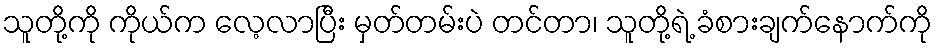
သူတို့ကို ကိုယ်က လေ့လာပြီး မှတ်တမ်းပဲ တင်တာ၊ သူတို့ရဲ့ ခံစားချက်နောက်ကို